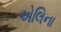
એલિના